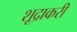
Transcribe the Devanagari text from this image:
शूद्राकरी